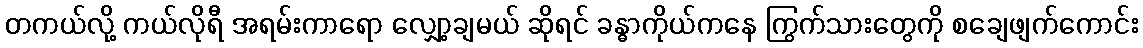
တကယ်လို့ ကယ်လိုရီ အရမ်းကာရော လျှော့ချမယ် ဆိုရင် ခန္ဓာကိုယ်ကနေ ကြွက်သားတွေကို စချေဖျက်ကောင်း